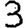
Digit: 3